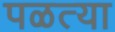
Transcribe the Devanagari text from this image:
पळत्या